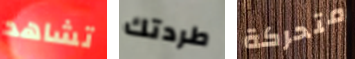
تشاهد طردتك متحركة